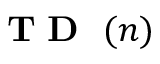
\mathrm { ~ { ~ \bf ~ T ~ D ~ } ~ } ( n )